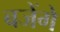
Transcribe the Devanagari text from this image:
बजेंगे